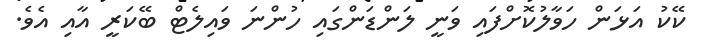
ކޭކު އަޅަން ހަވާލުކޮށްފައި ވަނީ ލަންޑަންގައި ހުންނަ ވައިލެޓް ބޭކަރީ އާއި އެވެ.